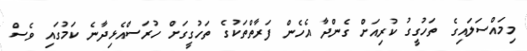
މިމައްސަލައިގެ ތަހުގީގު ކުރިއަށް ގެންދާ އެހެން ފަރާތްތަކުގެ ތަހުގީގަށް ހުރަސްއެޅިދާނެ ކަމުގައި ވެސް